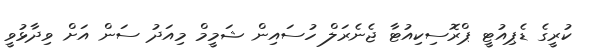
ކުރީގެ ޑެޕިއުޓީ ޕްރޮސިކިއުޓާ ޖެނެރަލް ހުސައިން ޝަމީމް މިއަދު ސަން އަށް ވިދާޅުވީ